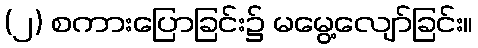
(၂) စကားပြောခြင်း၌ မမွေ့လျော်ခြင်း။